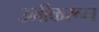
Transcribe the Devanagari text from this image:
उभीकरून